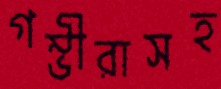
গম্ভীরাসহ